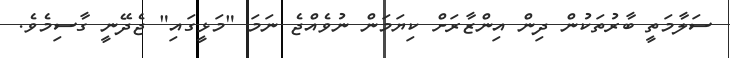
ސަލާމަތީ ބާރުތަކުން ދިން އިންޒާރަށް ކިޔަމަން ނުވެއްޖެ ނަމަ "މަޅީގައި" ޖެދޭނީ ގާސިމެވެ.